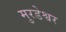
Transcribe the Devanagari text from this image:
मुरडेश्वर